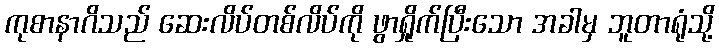
ကုစာနာဂိသည် ဆေးလိပ်တစ်လိပ်ကို ဖွာရှိုက်ပြီးသော အခါမှ ဘူတာရုံသို့